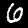
Digit: 6